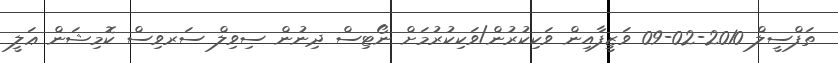
ތަފްސީލް 2010-02-09 ވަޒީފާއިން ވަކިކުރުން/ވަކިކުރުމަށް ނޯޓިސް ދިނުން ސިވިލް ސަރވިސް ކޮމިޝަން ޢަލީ